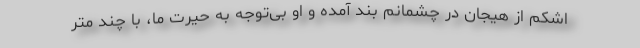
اشکم از هیجان در چشمانم بند آمده و او بی‌توجه به حیرت ما، با چند متر